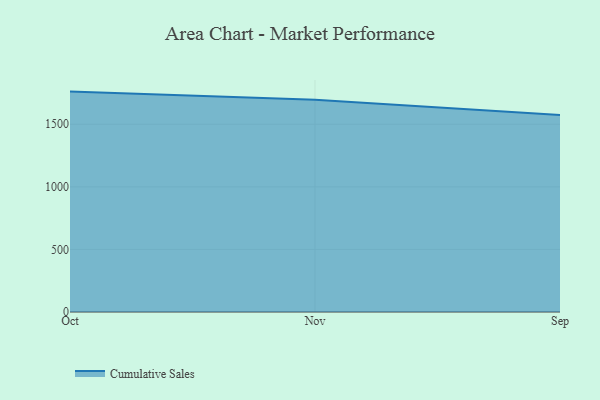
{"axis": {"x": "Month", "y": "Market Share (%)"}, "legend": ["Cumulative Sales"], "data": [{"x": "Oct", "y": 1761.2, "type": "Cumulative Sales"}, {"x": "Nov", "y": 1696.0, "type": "Cumulative Sales"}, {"x": "Sep", "y": 1573.4, "type": "Cumulative Sales"}]}